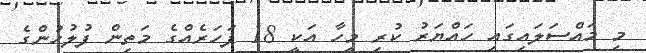
މި މައްސަލައިގައި ހައްޔަރު ކުރި މީހާ އަކީ 18 ފަހަރެއްގެ މަތިން ފުލުހުންގެ